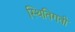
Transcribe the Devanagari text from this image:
स्थितिगती